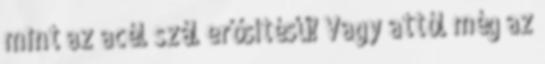
mint az acél szál erősítésű? Vagy attól még az